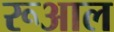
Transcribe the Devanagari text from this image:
रूआल